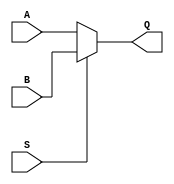
`ifndef MUX_2_1_INCLUDED
`define MUX_2_1_INCLUDED
module Mux_2_1(
	A, 
	B, 
	S,
	Q
);

input [31:0] A;
input [31:0] B;
input S;
output [31:0] Q;

wire [31:0] A;
wire [31:0] B;
wire S;
wire [31:0] Q;

assign Q = S ? B : A;
endmodule
`endif